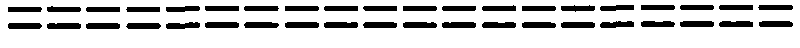
====================